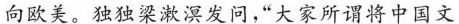
向欧美。独独梁漱溟发问，“大家所谓将中国文